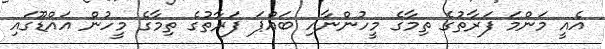
އެއީ މަންމަ ފަރާތުގެ ތިމާގެ މީހުންނާއި ބައްޕަ ފަރާތުގެ ތިމާގެ މީހުން އައްޑޫގައި